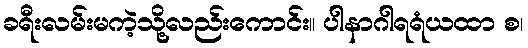
ခရီးလမ်းမကဲ့သို့လည်းကောင်း။ ပါနာဂါရရံယထာ စ၊